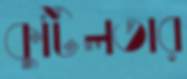
কুটিলতার